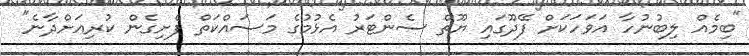
"ބިމެއް ލިބުނުހާ އަވަހަކަށް ފޭދޫގައި ޔޫތް ސެންޓަރު އެޅުމުގެ މަސައްކަތް ފެށިގެން ކުރިއަށްދާނެ"